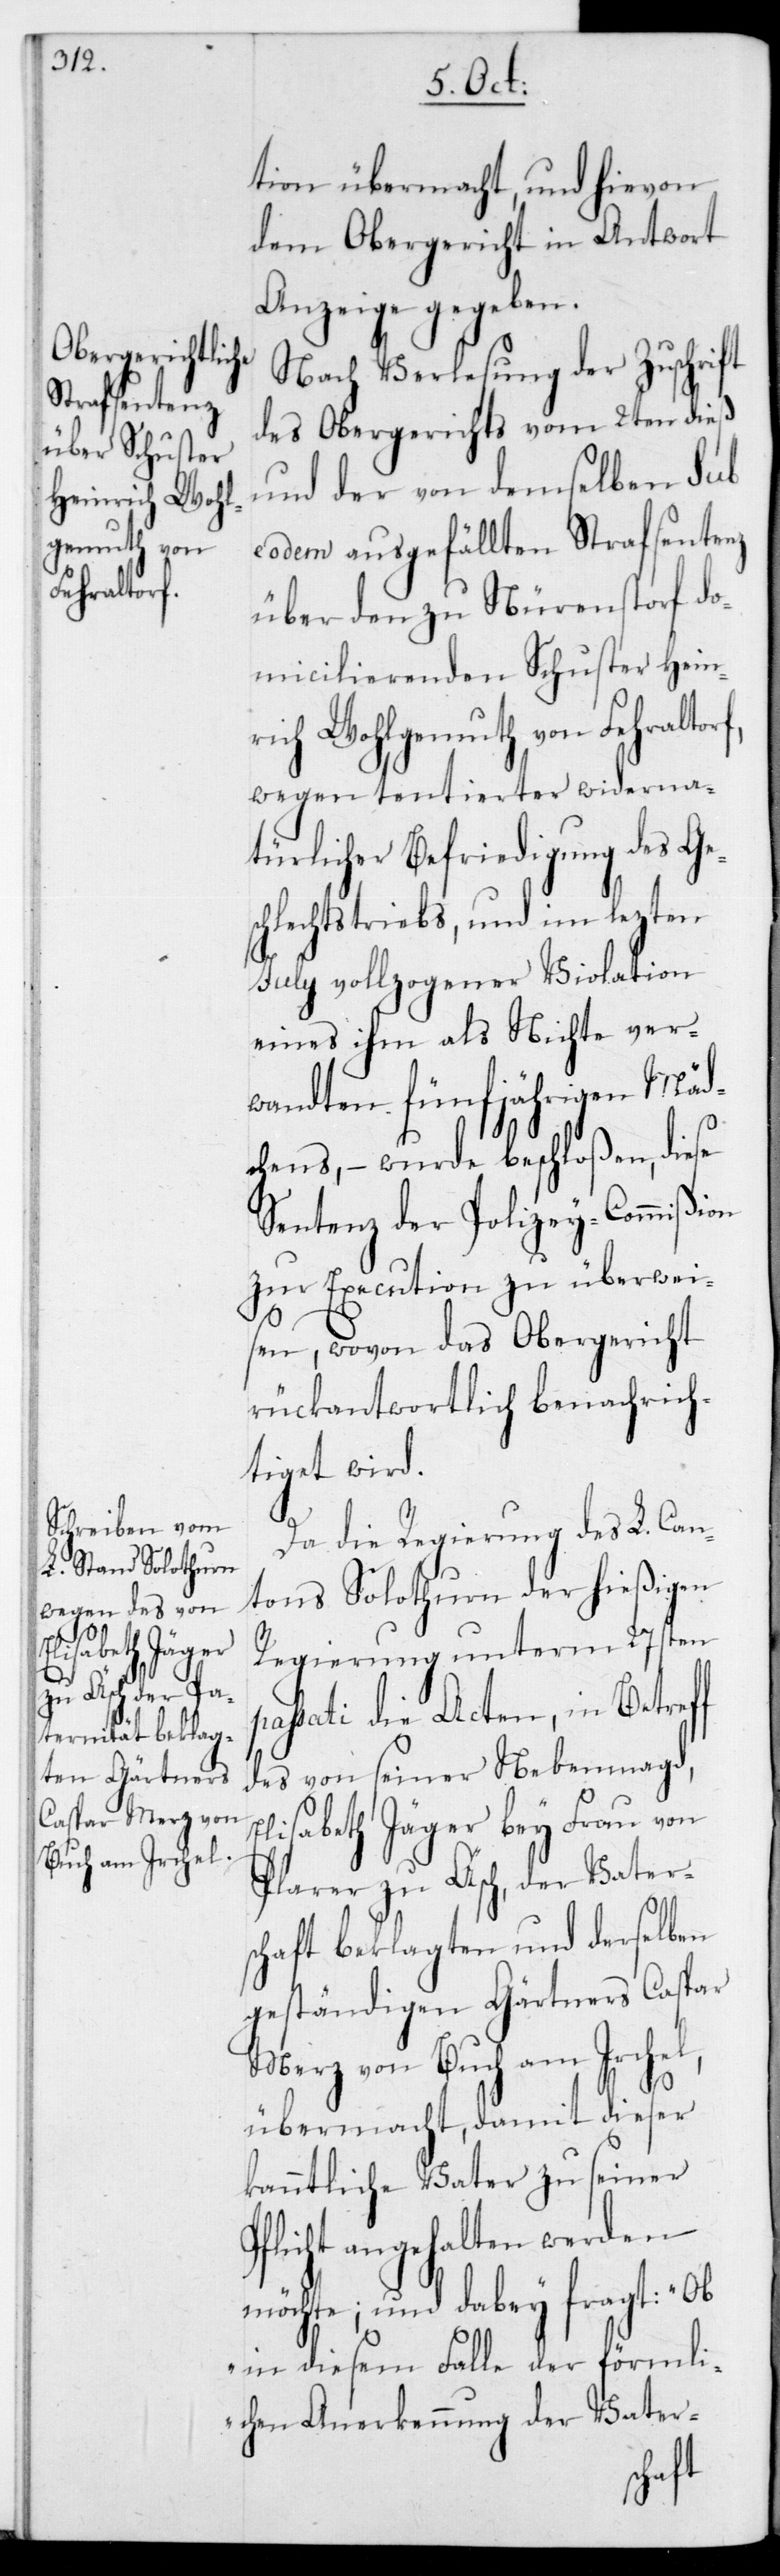
einrich Wohl¬
gemuth von
Fehraltorf,

tion übermacht, und hievon
dem Obergericht in Antwort
Anzeige gegeben.
Nach Verlesung der Zuschrift
des Obergerichts vom 2ten dieß
und der von demselben sub
eodem ausgefällten Strafsentenz
über den zu Nürenstorf do¬
micilierenden Schuster H¬
wegen tentierter widerna¬
türlicher Befriedigung des Ge¬
schlechtstriebs, und im lezten
July vollzogener Violation
eines ihm als Nichte ver¬
wandten fünfjährigen Mäd¬
chens, – wurde beschloßen, diese
Sentenz der Polizey-Commißion
zur Execution zu überwei¬
sen, wovon das Obergericht
rückantwortlich benachrich¬
tiget wird.
Da die Regierung des L. Can¬
tons Solothurn der hießigen
Regierung unterm 27sten
sati die Acten, in Betreff
des von seiner Nebenmagd,
Elisabeth Jäger bey Frau von
Plarer zu Äsch, der Vater¬
schaft beklagten und derselben
geständigen Gärtners Caspar
Merz von Buch am Irchel,
übermacht, damit dieser
kanntliche Vater zu seiner
Pflicht angehalten werden
möchte; und dabey fragt: „Ob
in diesem Falle der förmli¬
chen Anerkennung der Vater-
pas¬